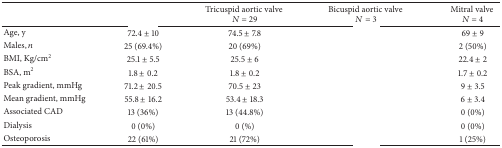
<table><thead><tr><td>[EMPTY_CELL]</td><td>[EMPTY_CELL]</td><td><b>Tricuspid aortic valve <i>N</i> = 29</b></td><td><b>Bicuspid aortic valve <i>N</i> = 3</b></td><td><b>Mitral valve <i>N</i> = 4</b></td></tr></thead><tbody><tr><td>Age, y</td><td>72.4 ± 10</td><td>74.5 ± 7.8</td><td>[EMPTY_CELL]</td><td>69 ± 9</td></tr><tr><td>Males, <i>n</i></td><td>25 (69.4%)</td><td>20 (69%)</td><td>[EMPTY_CELL]</td><td>2 (50%)</td></tr><tr><td>BMI, Kg/cm<sup>2</sup></td><td>25.1 ± 5.5</td><td>25.5 ± 6</td><td>[EMPTY_CELL]</td><td>22.4 ± 2</td></tr><tr><td>BSA, m<sup>2</sup></td><td>1.8 ± 0.2</td><td>1.8 ± 0.2</td><td>[EMPTY_CELL]</td><td>1.7 ± 0.2</td></tr><tr><td>Peak gradient, mmHg</td><td>71.2 ± 20.5</td><td>70.5 ± 23</td><td>[EMPTY_CELL]</td><td>9 ± 3.5</td></tr><tr><td>Mean gradient, mmHg</td><td>55.8 ± 16.2</td><td>53.4 ± 18.3</td><td>[EMPTY_CELL]</td><td>6 ± 3.4</td></tr><tr><td>Associated CAD</td><td>13 (36%)</td><td>13 (44.8%)</td><td>[EMPTY_CELL]</td><td>0 (0%)</td></tr><tr><td>Dialysis</td><td>0 (0%)</td><td>0 (%)</td><td>[EMPTY_CELL]</td><td>0 (0%)</td></tr><tr><td>Osteoporosis</td><td>22 (61%)</td><td>21 (72%)</td><td>[EMPTY_CELL]</td><td>1 (25%)</td></tr></tbody></table>